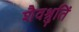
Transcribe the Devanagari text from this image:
शैवश्रुतिं